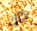
ذاك